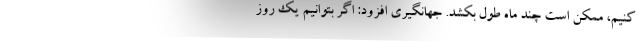
کنیم، ممکن است چند ماه طول بکشد. جهانگیری افزود: اگر بتوانیم یک روز